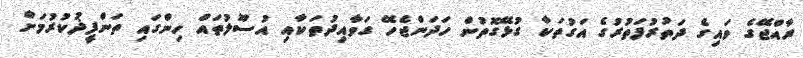
ރާއްޖޭގެ ވައިގެ ދަތުރުފަތުރުގެ އަގުތަކާ ގުޅޭގޮތުން ހަދަންޖެހޭ ގަވާއިދުތަކާއި އުސޫލުތައް ހިންގައި ތަންފީޛުކުރުމަށް